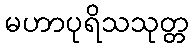
မဟာပုရိသသုတ္တ